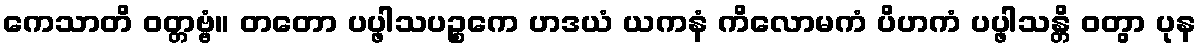
ကေသာတိ ဝတ္တဗ္ဗံ။ တတော ပပ္ဖါသပဉ္စကေ ဟဒယံ ယကနံ ကိလောမကံ ပိဟကံ ပပ္ဖါသန္တိ ဝတွာ ပုန